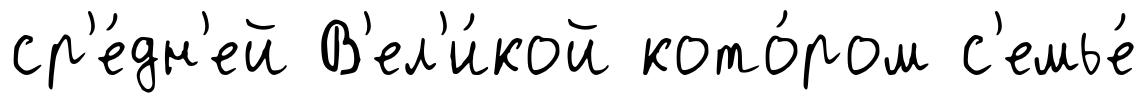
ср'е́дн'ей В'ел'и́кой кото́ром с'емье́